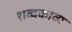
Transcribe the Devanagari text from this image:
शब्दकाव्य